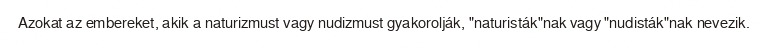
Azokat az embereket, akik a naturizmust vagy nudizmust gyakorolják, "naturisták"nak vagy "nudisták"nak nevezik.